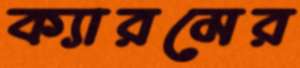
ক্যারমের